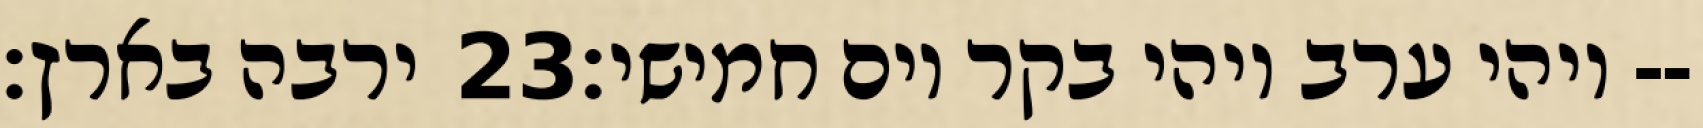
ירבה בארץ׃ ‎23‏ ויהי ערב ויהי בקר יום חמישי׃--